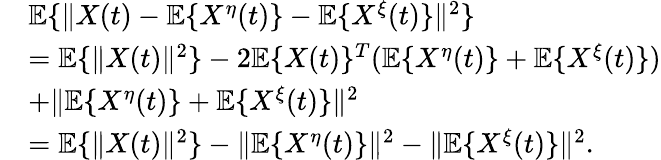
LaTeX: \begin{array}{rl}&{\mathbb{E}\{ \| X(t)-\mathbb{E}\{ X^{\eta}(t)\} -\mathbb{E}\{ X^{\xi}(t)\} \| ^{2}\} }\\ &{=\mathbb{E}\{ \| X(t)\| ^{2}\} -2\mathbb{E}\{ X(t)\} ^{T}(\mathbb{E}\{ X^{\eta}(t)\} +\mathbb{E}\{ X^{\xi}(t)\} )}\\ &{+\| \mathbb{E}\{ X^{\eta}(t)\} +\mathbb{E}\{ X^{\xi}(t)\} \| ^{2}}\\ &{=\mathbb{E}\{ \| X(t)\| ^{2}\} -\| \mathbb{E}\{ X^{\eta}(t)\} \| ^{2}-\| \mathbb{E}\{ X^{\xi}(t)\} \| ^{2}.}\end{array}